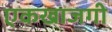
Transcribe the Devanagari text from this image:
एकखाजगी